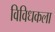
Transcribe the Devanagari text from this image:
विविधकला